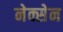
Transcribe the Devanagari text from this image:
नेक्सेन